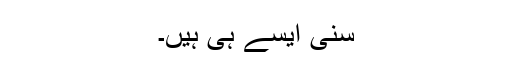
سنّی ایسے ہی ہیں۔